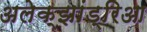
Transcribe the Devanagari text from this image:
अलेक्झांड्रिआ